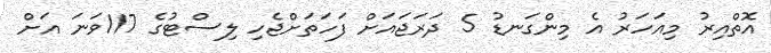
އޮތްއިރު މިއަހަރު އެ މިންގަނޑު 5 ދަރަޖައަށް ފަހަތަށްޖެހި ލިސްޓުގެ 117ވަނަ އަށް